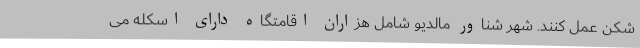
شکن عمل کنند. شهر شناور مالدیو شامل هزاران اقامتگاه دارای اسکله می